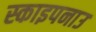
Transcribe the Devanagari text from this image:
स्काइपनाउ